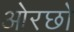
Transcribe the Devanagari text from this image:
ओरछो